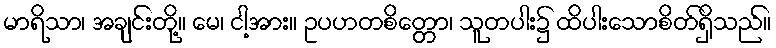
မာရိသာ၊ အချင်းတို့။ မေ၊ ငါ့အား။ ဥပဟတစိတ္တော၊ သူတပါး၌ ထိပါးသောစိတ်ရှိသည်။